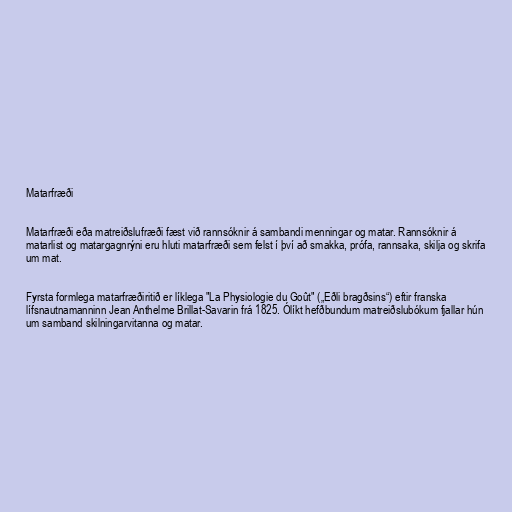
Matarfræði

Matarfræði eða matreiðslufræði fæst við rannsóknir á sambandi menningar og matar. Rannsóknir á
matarlist og matargagnrýni eru hluti matarfræði sem felst í því að smakka, prófa, rannsaka, skilja og skrifa
um mat.

Fyrsta formlega matarfræðiritið er líklega "La Physiologie du Goût" („Eðli bragðsins“) eftir franska
lífsnautnamanninn Jean Anthelme Brillat-Savarin frá 1825. Ólíkt hefðbundum matreiðslubókum fjallar hún
um samband skilningarvitanna og matar.